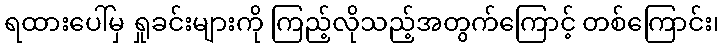
ရထားပေါ်မှ ရှုခင်းများကို ကြည့်လိုသည့်အတွက်ကြောင့် တစ်ကြောင်း၊